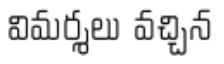
విమర్శలు వచ్చిన